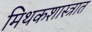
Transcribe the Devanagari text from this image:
मिथकशास्त्रात